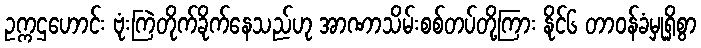
ဥက္ကဌဟောင်း ဗုံးကြဲတိုက်ခိုက်နေသည်ဟု အာဏာသိမ်းစစ်တပ်တို့ကြား နိုင်၆ တာဝန်ခံမှုရှိစွာ